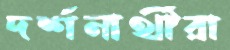
দর্শনার্থীরা